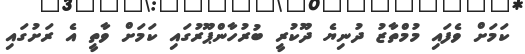
ކަމަށް ވެފައި މުމްތާޒު ދުނިޔެ ދޫކުރީ ބުރުހާންޕޫރުގައި ކަމަށް ވާތީ އެ ރަށުގައި